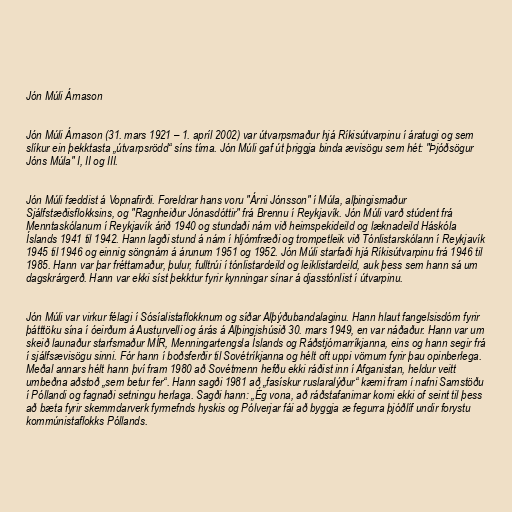
Jón Múli Árnason

Jón Múli Árnason (31. mars 1921 – 1. apríl 2002) var útvarpsmaður hjá Ríkisútvarpinu í áratugi og sem
slíkur ein þekktasta „útvarpsrödd“ síns tíma. Jón Múli gaf út þriggja binda ævisögu sem hét: "Þjóðsögur
Jóns Múla" I, II og III.

Jón Múli fæddist á Vopnafirði. Foreldrar hans voru "Árni Jónsson" í Múla, alþingismaður
Sjálfstæðisflokksins, og "Ragnheiður Jónasdóttir" frá Brennu í Reykjavík. Jón Múli varð stúdent frá
Menntaskólanum í Reykjavík árið 1940 og stundaði nám við heimspekideild og læknadeild Háskóla
Íslands 1941 til 1942. Hann lagði stund á nám í hljómfræði og trompetleik við Tónlistarskólann í Reykjavík
1945 til 1946 og einnig söngnám á árunum 1951 og 1952. Jón Múli starfaði hjá Ríkisútvarpinu frá 1946 til
1985. Hann var þar fréttamaður, þulur, fulltrúi í tónlistardeild og leiklistardeild, auk þess sem hann sá um
dagskrárgerð. Hann var ekki síst þekktur fyrir kynningar sínar á djasstónlist í útvarpinu.

Jón Múli var virkur félagi í Sósíalistaflokknum og síðar Alþýðubandalaginu. Hann hlaut fangelsisdóm fyrir
þátttöku sína í óeirðum á Austurvelli og árás á Alþingishúsið 30. mars 1949, en var náðaður. Hann var um
skeið launaður starfsmaður MÍR, Menningartengsla Íslands og Ráðstjórnarríkjanna, eins og hann segir frá
í sjálfsævisögu sinni. Fór hann í boðsferðir til Sovétríkjanna og hélt oft uppi vörnum fyrir þau opinberlega.
Meðal annars hélt hann því fram 1980 að Sovétmenn hefðu ekki ráðist inn í Afganistan, heldur veitt
umbeðna aðstoð „sem betur fer“. Hann sagði 1981 að „fasískur ruslaralýður“ kæmi fram í nafni Samstöðu
í Póllandi og fagnaði setningu herlaga. Sagði hann: „Ég vona, að ráðstafanirnar komi ekki of seint til þess
að bæta fyrir skemmdarverk fyrrnefnds hyskis og Pólverjar fái að byggja æ fegurra þjóðlíf undir forystu
kommúnistaflokks Póllands.